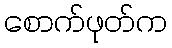
စောက်ဖုတ်က